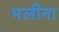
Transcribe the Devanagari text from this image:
मलीना